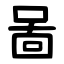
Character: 啚